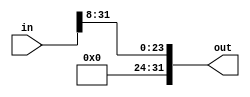
module sra8(out, in);
    input[31:0] in;
    output[31:0] out;

    assign out[31:24]=8'b0;
    assign out[23:0]={in[31],in[30],in[29],in[28],in[27],in[26],in[25],in[24],in[23],in[22],in[21],in[20],in[19],in[18],in[17],in[16],in[15],in[14],in[13],in[12],in[11],in[10],in[9],in[8]};
    

endmodule